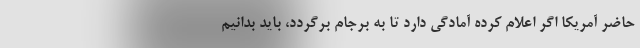
حاضر آمریکا اگر اعلام کرده آمادگی دارد تا به برجام برگردد، باید بدانیم